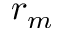
r _ { m }